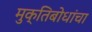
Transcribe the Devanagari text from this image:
मुक्तिबोधांचा